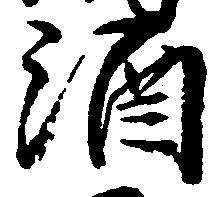
酒